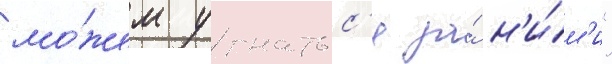
мо́жем угнатьс'я за́ н'и́м'и"